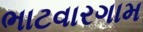
ભાટવારગામ